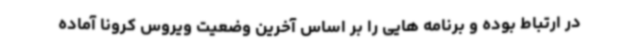
در ارتباط بوده و برنامه هایی را بر اساس آخرین وضعیت ویروس کرونا آماده